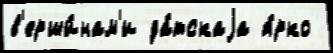
в'ерши́нам'и да́тскаjа я́рко